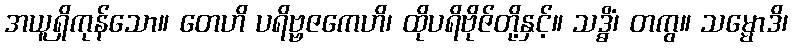
အယူရှိကုန်သော။ တေဟိ ပရိဗ္ဗဇကေဟိ၊ ထိုပရိဗိုဇ်တို့နှင့်။ သဒ္ဓိံ၊ တကွ။ သမ္မောဒိ၊